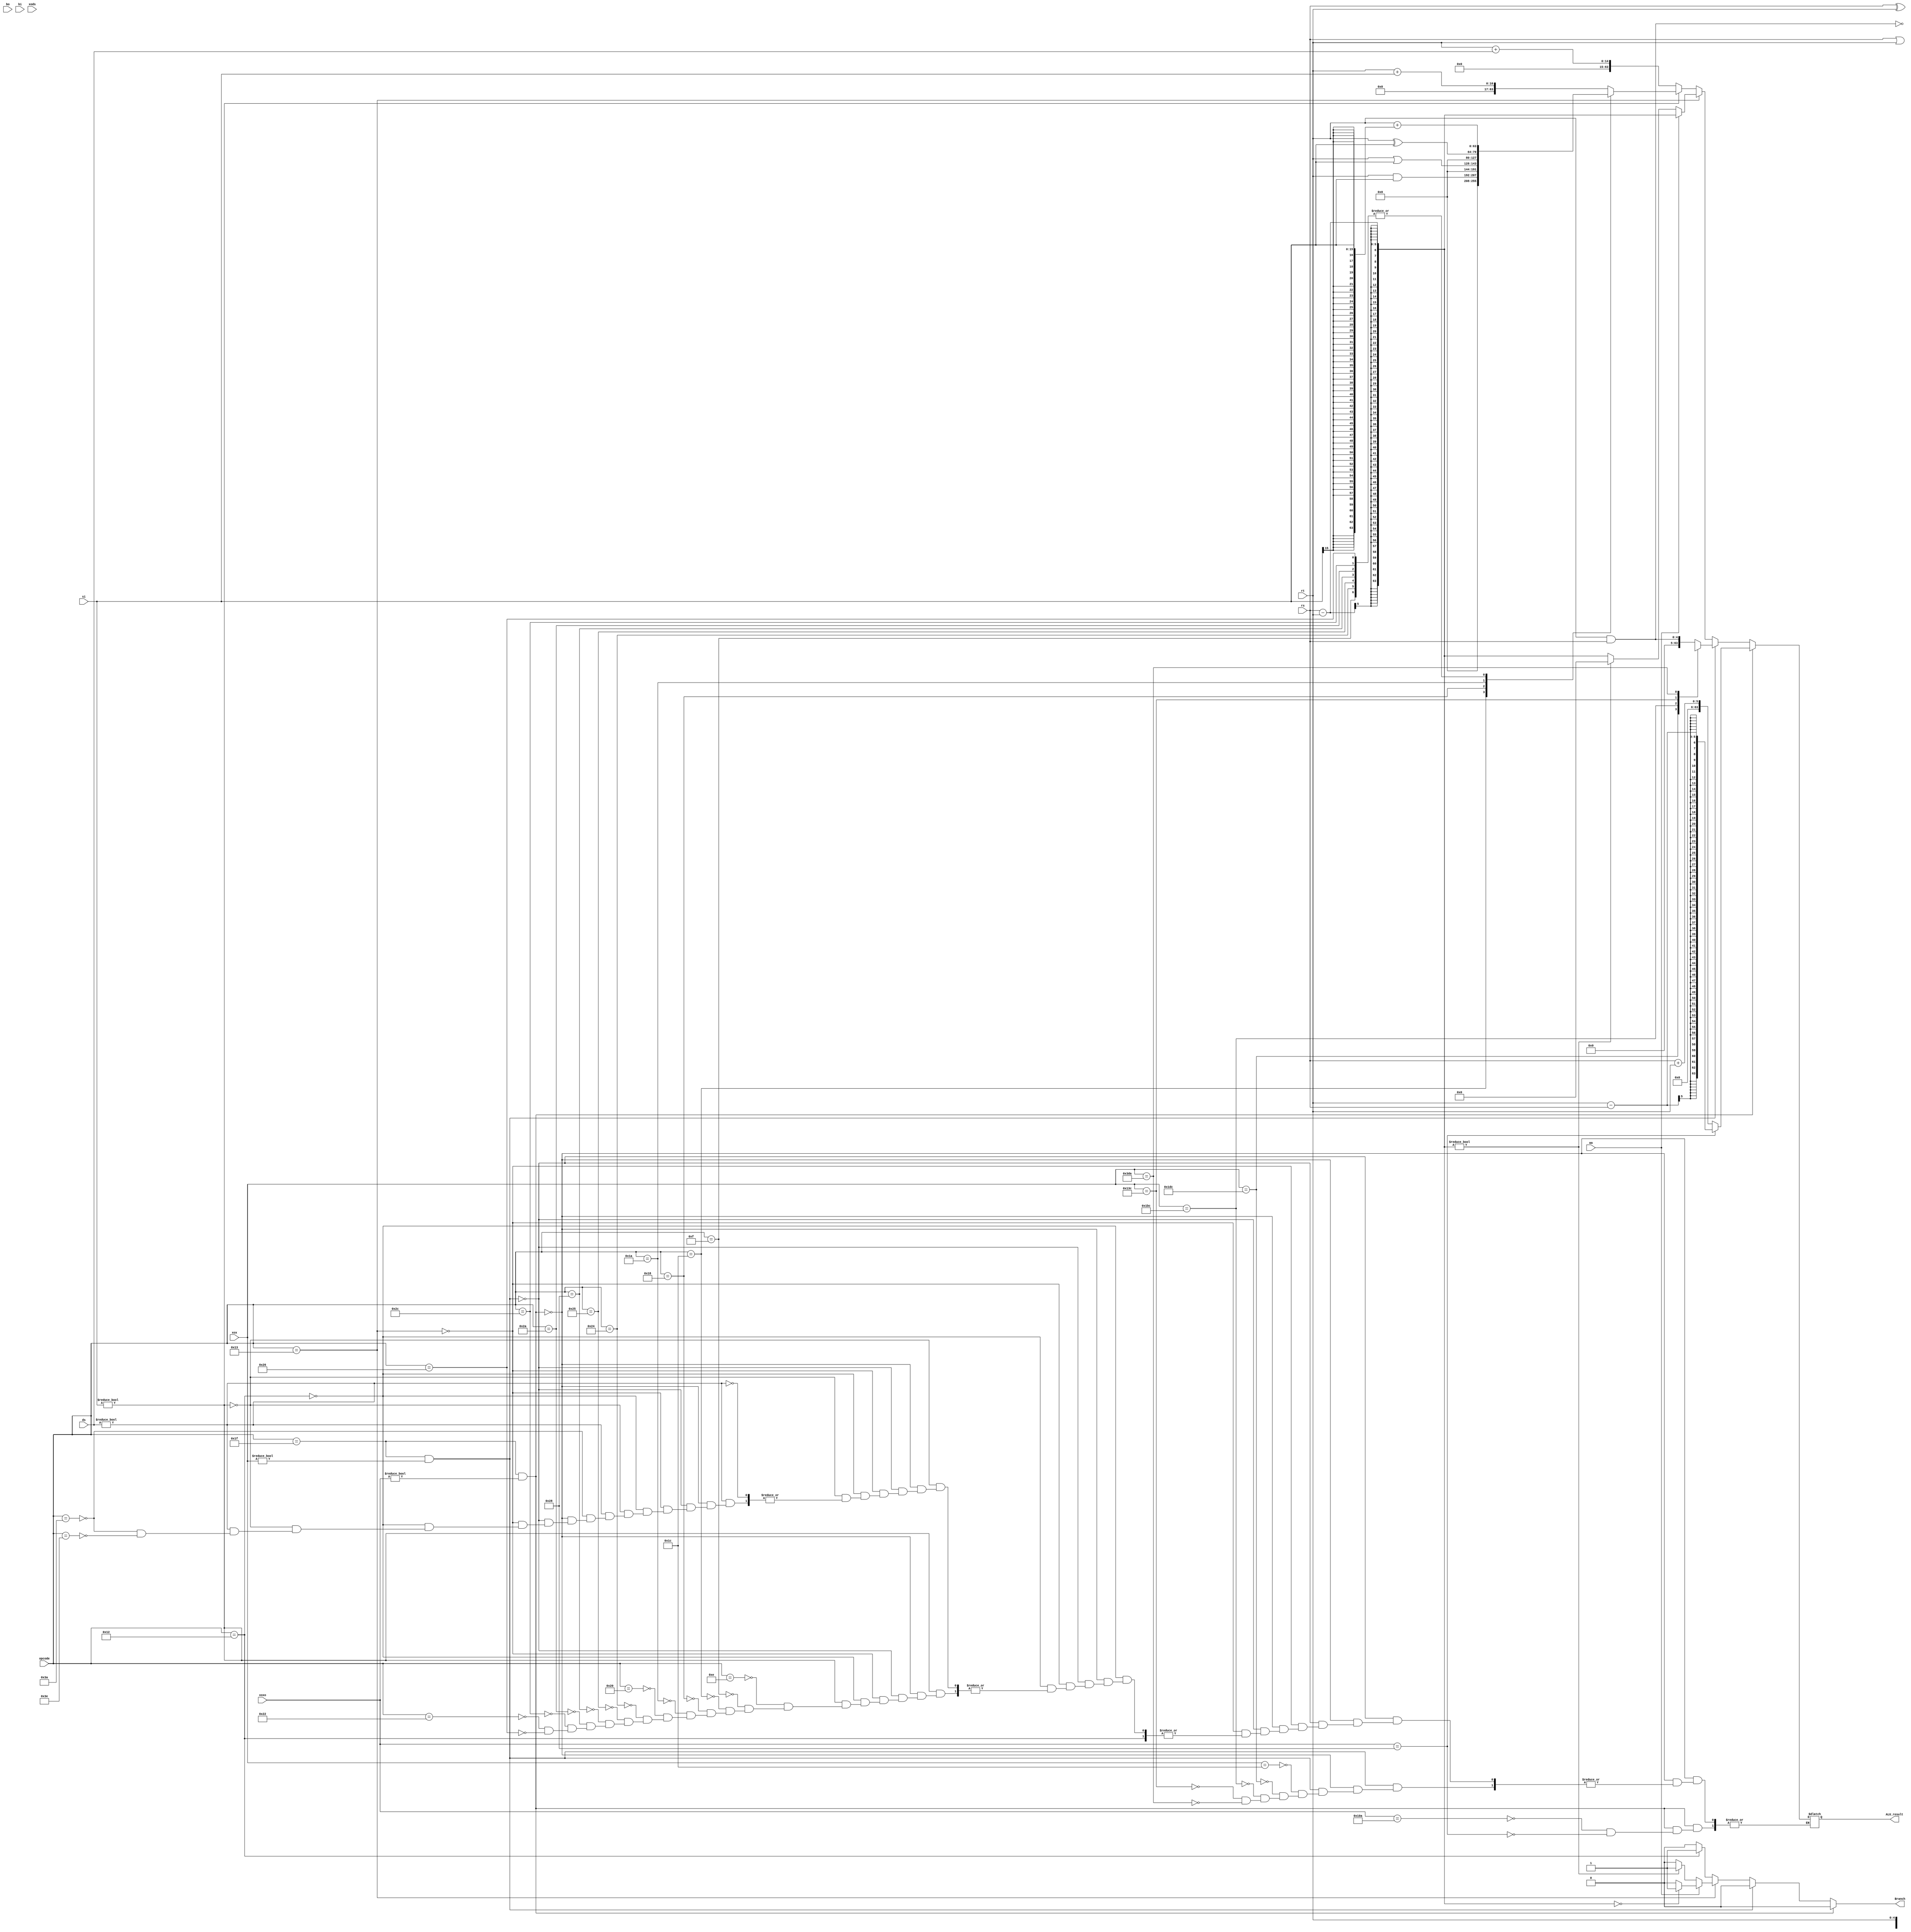
`timescale 1ns/1ns
/* Module designed to act as the ALU - takes in the opcode, contents of the registers, shiftAmount, ALUResult and AluSrc signals with the signedImm as arguments
*/

module ALU64bit(
    output reg [63:0] ALU_result,
    output reg Branch,
    input [5:0] opcode,
    input [4:0] rs, rt, bo, bi,
    input [15:0] si,
    input [13:0] ds,
    input [9:0] xox,
    input [8:0] xoxo,
    input aa,
    input [1:0] xods);

    reg signed [63:0] temp, signed_rt, signed_rs;
    reg [63:0] zeroExtendSI, signExtendSI, zeroExtendDS;

    always @(rs, rt, si, xoxo, xox, xods, bo, bi, aa, ds)
    begin

      signed_rs = rs;
      signed_rt = rt;
      zeroExtendSI <= {{48{1'b0}},si[15:0]};
      signExtendSI <= {{48{si[15]}},si[15:0]};
      zeroExtendDS <= {{50{1'b0}},ds[13:0]};
      Branch = 0;
      if(opcode == 6'd31 & xoxo != 9'd0)    //XO Format
      begin
          case(xoxo)

            9'd266: //ADD
                ALU_result = signed_rs + signed_rt;
            9'd40 : //SUBF
                ALU_result = signed_rt - signed_rs;
          endcase
      end

      else if(opcode == 6'd31 & xox != 10'd0)   //X Format
      begin

        case(xox)

            10'd28: //AND
                ALU_result = rt & rs;
            10'd476: //NAND
                ALU_result = ~(rs & rt);
            10'd444: //OR
                ALU_result = rs | rt;
            10'd316: //XOR
                ALU_result = rs ^ rt;
            10'd986: //EXTSW
                ALU_result = {{32{rt[31]}}, rt[31:0]};
        endcase
      end

      else if(opcode == 6'd19)      //B Format
      begin
        if(aa == 1) //BEQ
        begin
          ALU_result = signed_rs - signed_rt;
          if(ALU_result == 0)
              Branch = 1'b1;
          else
              Branch = 1'b0;
        end
        else if(aa == 0) //BNE
        begin
            ALU_result = signed_rs - signed_rt;
            if(ALU_result != 0)
            begin
              Branch = 1'b1;
              ALU_result = 1'b0;
              end
            else
              Branch = 1'b0;
        end
      end

      else if(opcode == 6'd18) //I Format
            Branch = 1'b1;

      else if(si != 15'b0)      //D Format
      begin
          case(opcode)

            6'd14: //ADDI
                ALU_result = rt + zeroExtendSI;
            6'd15: //ADDIS
                ALU_result = rt + signExtendSI;
            6'd28: //ANDI
                ALU_result = rt & zeroExtendSI;
            6'd24: //ORI
                ALU_result = rt | zeroExtendSI;
            6'd26: //XORI
                ALU_result = rt ^ zeroExtendSI;
            6'd32: //LW0
                ALU_result = rt + zeroExtendSI;
            6'd36: //SW
                ALU_result = rt + signExtendSI;
            6'd37: //SWU
                ALU_result = rt + signExtendSI;
            6'd40: //LHW
                ALU_result = rt + signExtendSI;
            6'd42: //LHWA
                ALU_result = rt + signExtendSI;
            6'd40: //LHW
            ALU_result = signed_rs + signExtendSI;
            6'd44: //SHW
                ALU_result = rt + signExtendSI;
            6'd34: //LB0
                ALU_result = rt + zeroExtendSI;
            6'd38: //SB
                ALU_result = rt + signExtendSI;
          endcase
      end

      else if(ds != 14'b0)      //DS Format
      begin
        if(opcode == 6'd58)
            ALU_result = rt + zeroExtendDS;
        else if(opcode == 6'd62)
            ALU_result = rt + zeroExtendDS;
      end
    end

    //Display
    initial
    begin
        $monitor("Opcode : %6b, RS : %64b, RT : %64b, signExtendSI = %64b, zeroExtendSI = %64b, zeroExtendDS = %64b, Result : %64b\n",
        opcode, rs, rt, signExtendSI, zeroExtendSI, zeroExtendDS, ALU_result);
    end

endmodule

module alu64bittb();

    wire [63:0] ALU_result;
    wire branch;
    reg [5:0] opcode;
    reg [4:0] rs, rt, bo, bi;
    reg [15:0] si;
    reg [13:0] ds;
    reg [9:0] xox;
    reg [8:0] xoxo;
    reg aa;
    reg [1:0] xods;

    ALU64bit testerboi (
        .ALU_result(ALU_result),
        .Branch(branch),
        .opcode(opcode),
        .rs(rs),
        .rt(rt),
        .bo(bo),
        .bi(bi),
        .si(si),
        .ds(ds),
        .xox(xox),
        .xoxo(xoxo),
        .aa(aa),
        .xods(xods)
    );

    initial begin
        $dumpfile("ALU64Bittb.vcd");
        $dumpvars(0, alu64bittb);
    end

    initial begin

        //Add 3 and 5
        opcode = 6'd31;
        xoxo = 9'd266;
        si = 16'd250;
        rs = 3;
        rt = 5;
        #10

        //Sub 31 from 14
        opcode = 6'd31;
        xoxo = 9'd40;
        rt = 5'd31;
        rs = 5'd14;
        #10

        //AND of 12 and 13
        xoxo = 9'd0;
        opcode = 6'd31;
        xox = 10'd28;
        rt = 5'd12;
        rs = 5'd13;
        #10

        //XOR of 11 & 17
        xoxo = 9'd0;
        opcode = 6'd31;
        xox = 10'd316;
        rt = 5'd11;
        rs = 5'd17;
        #10

        //BNE
        opcode = 6'd19;
        aa = 0;
        xox = 10'd316;
        rt = 5'd4;
        rs = 5'd3;
        #10

        //Store word address generation
        si = 15'd1000;
        opcode = 6'd36;
        rt = 5'd8;
        #10;

        //Load doubleword
        ds = 14'd1;
        opcode = 6'd58;
        rt = 5'd4;
        si = 15'd250;
        #10;

    end

endmodule